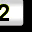
Digit: 2